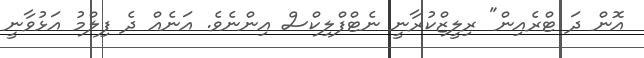
އޮން ދަ ޓްރެއިން" ރިލީޒްކުރާނީ ނެޓްފްލިކްސް އިންނެވެ. އަނެއް ދެ ފިލްމު އަޅުވާނީ